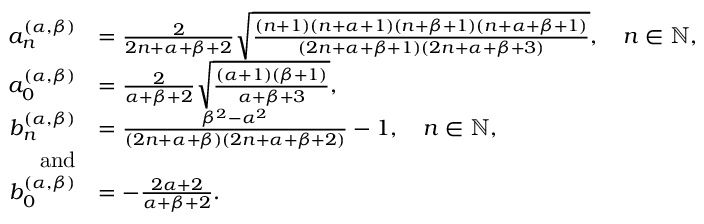
\begin{array} { r l } { a _ { n } ^ { ( \alpha , \beta ) } } & { = \frac { 2 } { 2 n + \alpha + \beta + 2 } \sqrt { \frac { ( n + 1 ) ( n + \alpha + 1 ) ( n + \beta + 1 ) ( n + \alpha + \beta + 1 ) } { ( 2 n + \alpha + \beta + 1 ) ( 2 n + \alpha + \beta + 3 ) } } , \quad n \in \mathbb { N } , } \\ { \ a _ { 0 } ^ { ( \alpha , \beta ) } } & { = \frac { 2 } { \alpha + \beta + 2 } \sqrt { \frac { ( \alpha + 1 ) ( \beta + 1 ) } { \alpha + \beta + 3 } } , } \\ { b _ { n } ^ { ( \alpha , \beta ) } } & { = \frac { \beta ^ { 2 } - \alpha ^ { 2 } } { ( 2 n + \alpha + \beta ) ( 2 n + \alpha + \beta + 2 ) } - 1 , \quad n \in \mathbb { N } , \ } \\ { \mathrm { a n d } } \\ { b _ { 0 } ^ { ( \alpha , \beta ) } } & { = { - \frac { 2 \alpha + 2 } { \alpha + \beta + 2 } . } } \end{array}